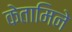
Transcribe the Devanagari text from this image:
केतामिने